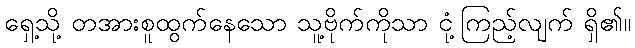
ရှေ့သို့ တအားစူထွက်နေသော သူ့ဗိုက်ကိုသာ ငုံ့ကြည့်လျက် ရှိ၏။